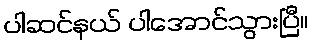
ပါဆင်နယ် ပါအောင်သွားပြီ။